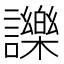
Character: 𧭥